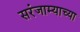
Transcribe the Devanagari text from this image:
सरंजाम्याच्या